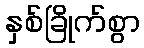
နှစ်ခြိုက်စွာ